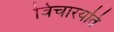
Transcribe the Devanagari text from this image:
विचारयति